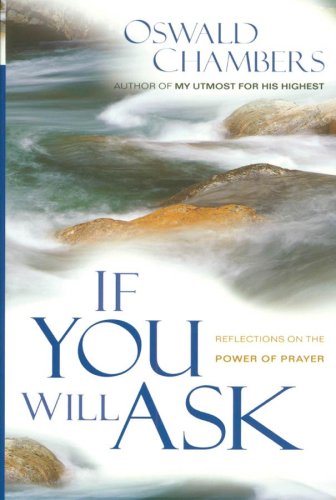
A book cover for If You Will Ask: Reflections on the Power of Prayer (OSWALD CHAMBERS LIBRARY); Oswald Chambers; Religion & Spirituality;